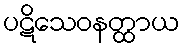
ပဋိသေဝနတ္ထာယ